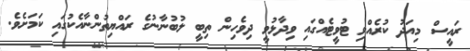
ރައީސް މިއަދު ކުރެއްވި ޓުވީޓެއްގައި ވިދާޅުވީ ދިވެހިން ތިބީ ލުބުނާނުގެ ރައްޔިތުންނާއެކުގައި ކަމަށެވެ.